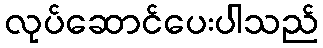
လုပ်ဆောင်ပေးပါသည်